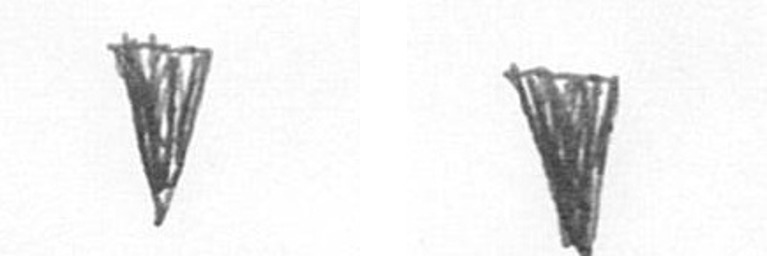
J J